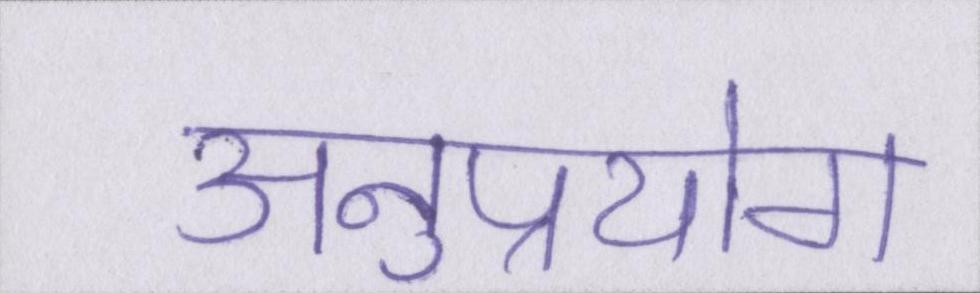
अनुप्रयोग